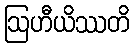
ဩဟီယိဿတိ